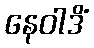
နေဝါဒိံ